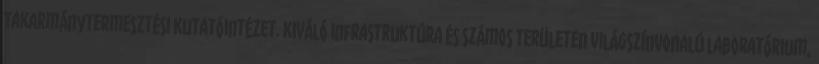
Takarmánytermesztési Kutatóintézet. Kiváló infrastruktúra és számos területen világszínvonalú laboratórium,